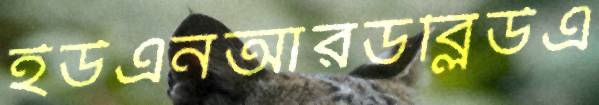
ইউএনআরডব্লিউএ